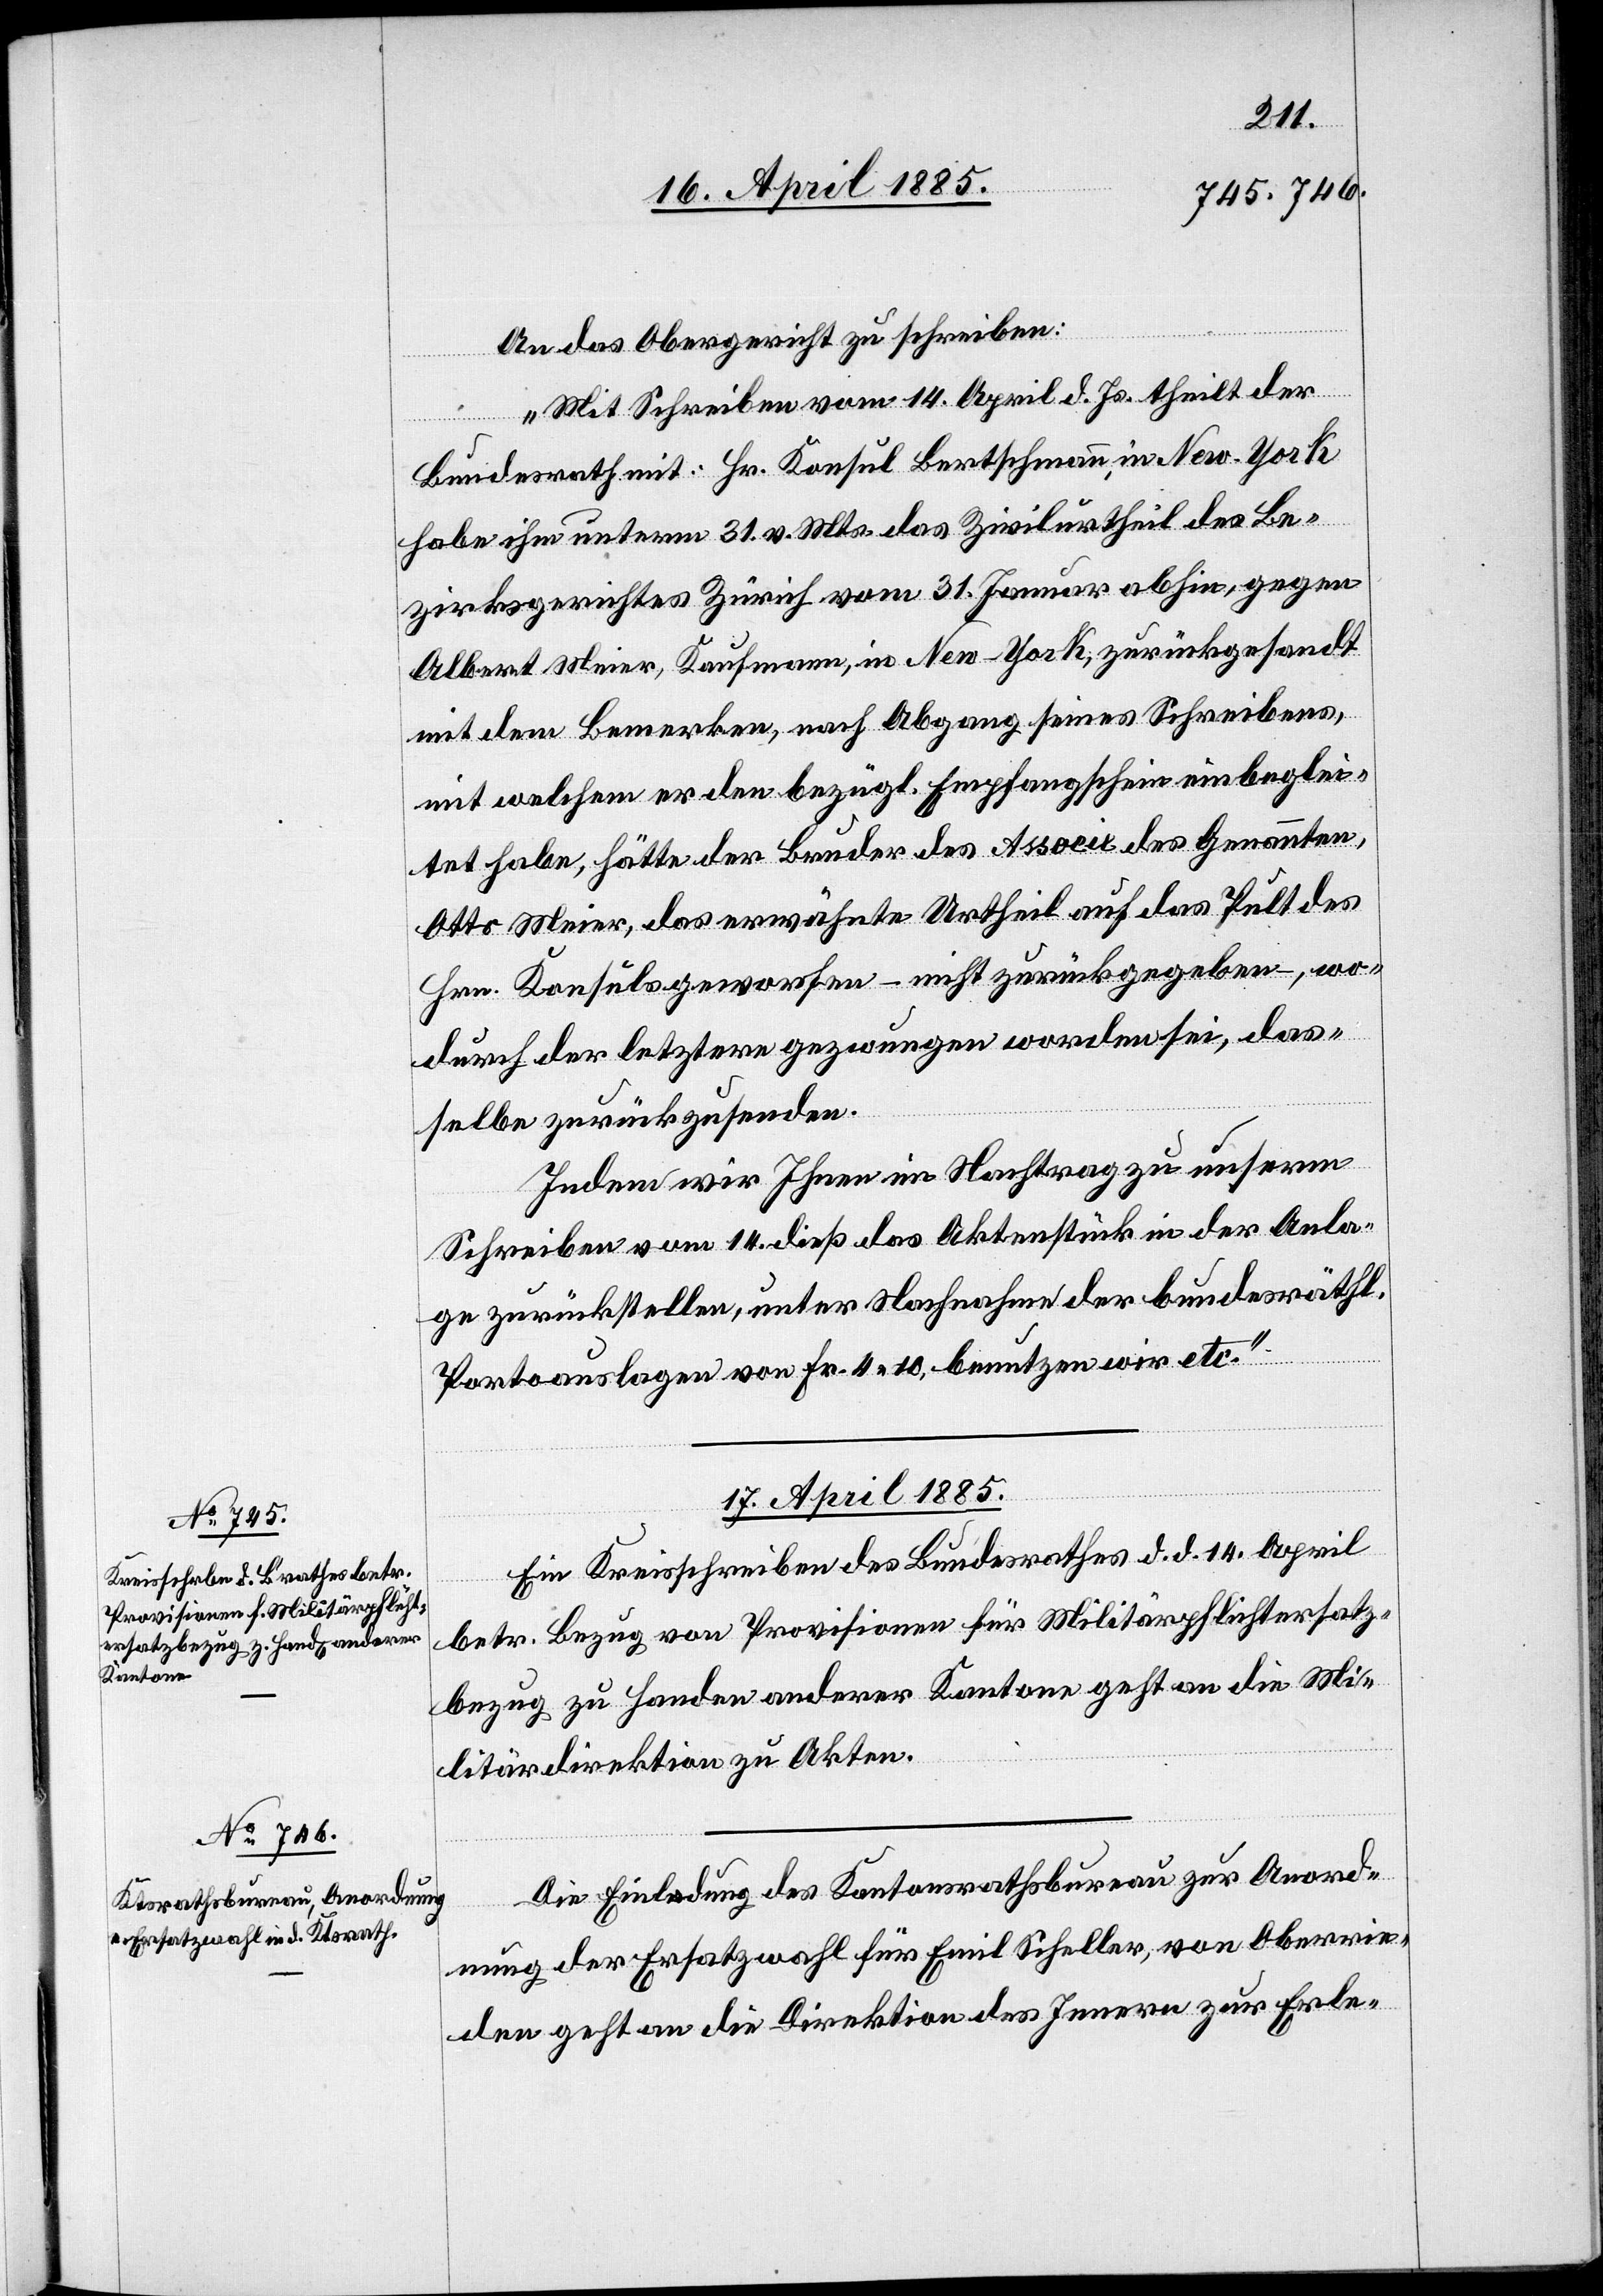
An das Obergericht zu schreiben:
„Mit Schreiben vom 14. April d. Js. theilt der
Bundesrath mit: Hr. Konsul Bertschmann, in New-York
habe ihm unterm 31. v. Mts. das Zivilurtheil des Be¬
zirksgerichtes Zürich vom 31. Januar abhin, gegen
Albert Meier, Kaufmann, in New-York, zurückgesandt
mit dem Bemerken, nach Abgang seines Schreibens,
mit welchem er den bezügl. Empfangsschein einbeglei¬
tet habe, hätte der Bruder des Associe des Genannten,
Otto Meier, das erwähnte Urtheil auf das Pult des
Hrn. Konsuls geworfen – nicht zurückgegeben –, wo¬
durch der letztere gezwungen worden sei, das¬
selbe zurück zu senden.
Indem wir Ihnen im Nachtrag zu unserm
Schreiben vom 14. dieß das Aktenstück in der Anla¬
ge zurückstellen, unter Nachnahme der bundesräthl.
Portoauslagen von Fr. 4 10, benutzen wir etc.“
17. April 1885.]
Ein Kreisschreiben des Bundesrathes d. d. 14. April
betr. Bezug von Provisionen für Militärpflichtersatz¬
bezug zu Handen anderer Kantone geht an die Mi¬
litärdirektion zu Akten.
Die Eingabe des Kantonsrathsbureau zur Anord¬
nung der Ersatzwahl für Emil Scheller, von Oberrie¬
den geht an die Direktion des Innern zur Erle-